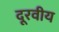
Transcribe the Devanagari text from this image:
दूरवीय